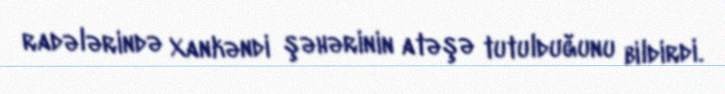
radələrində Xankəndi şəhərinin atəşə tutulduğunu bildirdi.